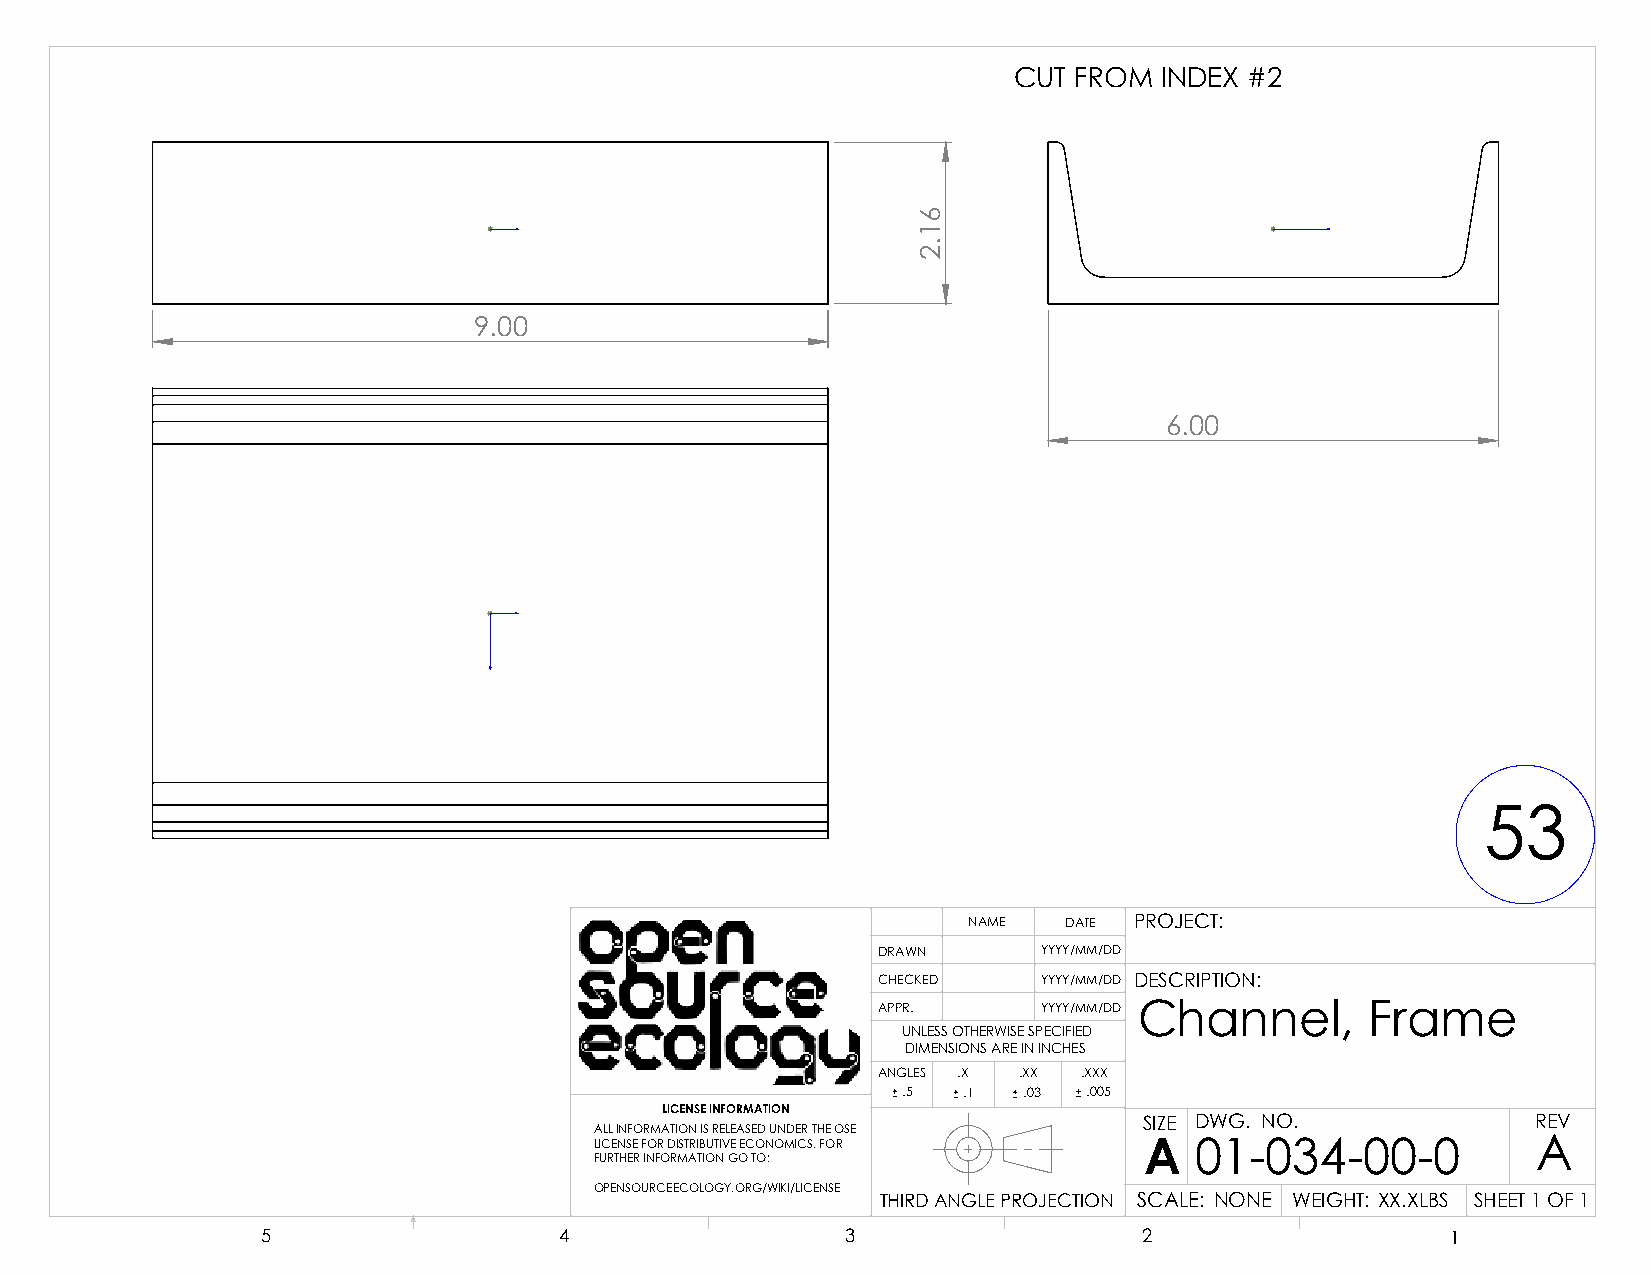
CUT FROM  INDEX #2
 9.00
 6.00
 53
 NAME  DATE PROJECT:
 DRAWN      YYYY/MM/DD
 CHECKED    YYYY/MM/DD DESCRIPTION:
 APPR.      YYYY/MM/DD Channel,   Frame
 UNLESS OTHERWISE SPECIFIED
 DIMENSIONS ARE IN INCHES
 ANGLES .X .XX .XXX
 .5  .1  .03 .005
 LICENSE INFORMATION
 SIZE DWG. NO.             REV
 ALL INFORMATION IS RELEASED UNDER THE OSE
 LICENSE FOR DISTRIBUTIVE ECONOMICS. FOR A 01-034-00-0          A
 FURTHER INFORMATION GO TO:
 OPENSOURCEECOLOGY.ORG/WIKI/LICENSE
 THIRD ANGLE PROJECTION SCALE: NONE WEIGHT: XX.XLBS SHEET 1 OF 1
 5                   4                  3                   2                   1
 61.2